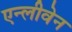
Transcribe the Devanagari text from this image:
एन्लीवेन